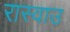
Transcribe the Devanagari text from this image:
रास्वाउ